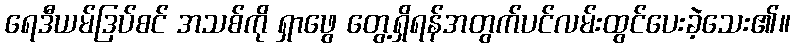
ရေဒီယမ်ဒြပ်စင် အသစ်ကို ရှာဖွေ တွေ့ရှိရန်အတွက်ပင်လမ်းထွင်ပေးခဲ့သေး၏။